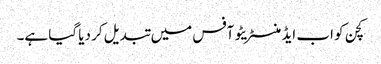
کچن کو اب ایڈمنسٹریٹو آفس میں تبدیل کر دیا گیا ہے۔